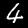
Label: 4